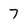
Character: 7